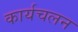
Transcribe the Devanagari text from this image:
कार्यचलन